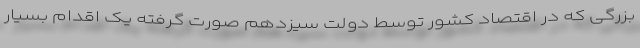
بزرگی که در اقتصاد کشور توسط دولت سیزدهم صورت گرفته یک اقدام بسیار